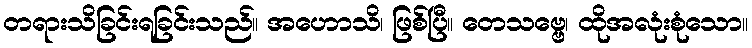
တရားသိခြင်းရခြင်းသည်။ အဟောသိ၊ ဖြစ်ပြီ။ တေသဗ္ဗေ၊ ထိုအလုံးစုံသော။